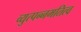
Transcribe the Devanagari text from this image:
व्युत्पन्नमतित्व